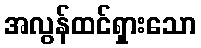
အလွန်ထင်ရှားသော